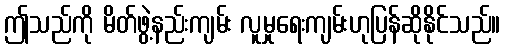
ဤသည်ကို မိတ်ဖွဲ့နည်းကျမ်း လူမှုရေးကျမ်းဟုပြန်ဆိုနိုင်သည်။